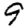
Digit: 9